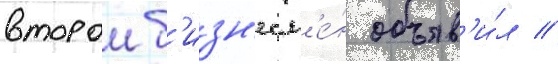
второи б'изн'есм'е́н объяв'и́л /